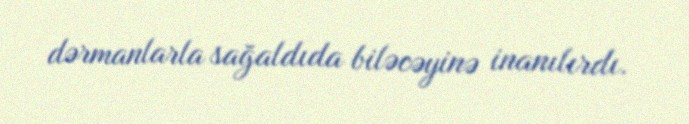
dərmanlarla sağaldıda biləcəyinə inanılırdı.